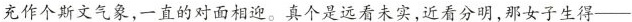
充作个斯文气象，一直的对面相迎。真个是远看未实，近看分明，那女子生得——